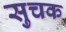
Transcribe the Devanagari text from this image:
सुचक